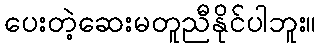
ပေးတဲ့ဆေးမတူညီနိုင်ပါဘူး။